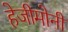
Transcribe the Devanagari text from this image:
हेजीमोनी